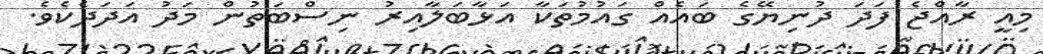
މިއީ ރާއްޖެ ފަދަ ދުނިޔޭގެ ބައެއް ގައުމުތަކާ އަޅާބަލާއިރު ނިސްބަތުން މަދު އަދަދެކެވެ.